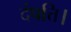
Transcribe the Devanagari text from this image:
दंपत्ति।